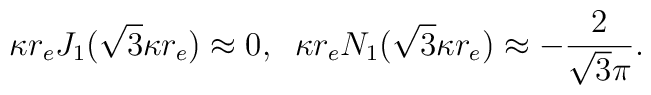
\kappa r_e J_1(\sqrt{3} \kappa r_e) \approx 0, \;\; \kappa r_e N_1(\sqrt{3} \kappa  r_e) \approx-  \frac{2 }{\sqrt{3} \pi}.